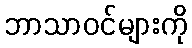
ဘာသာဝင်များကို